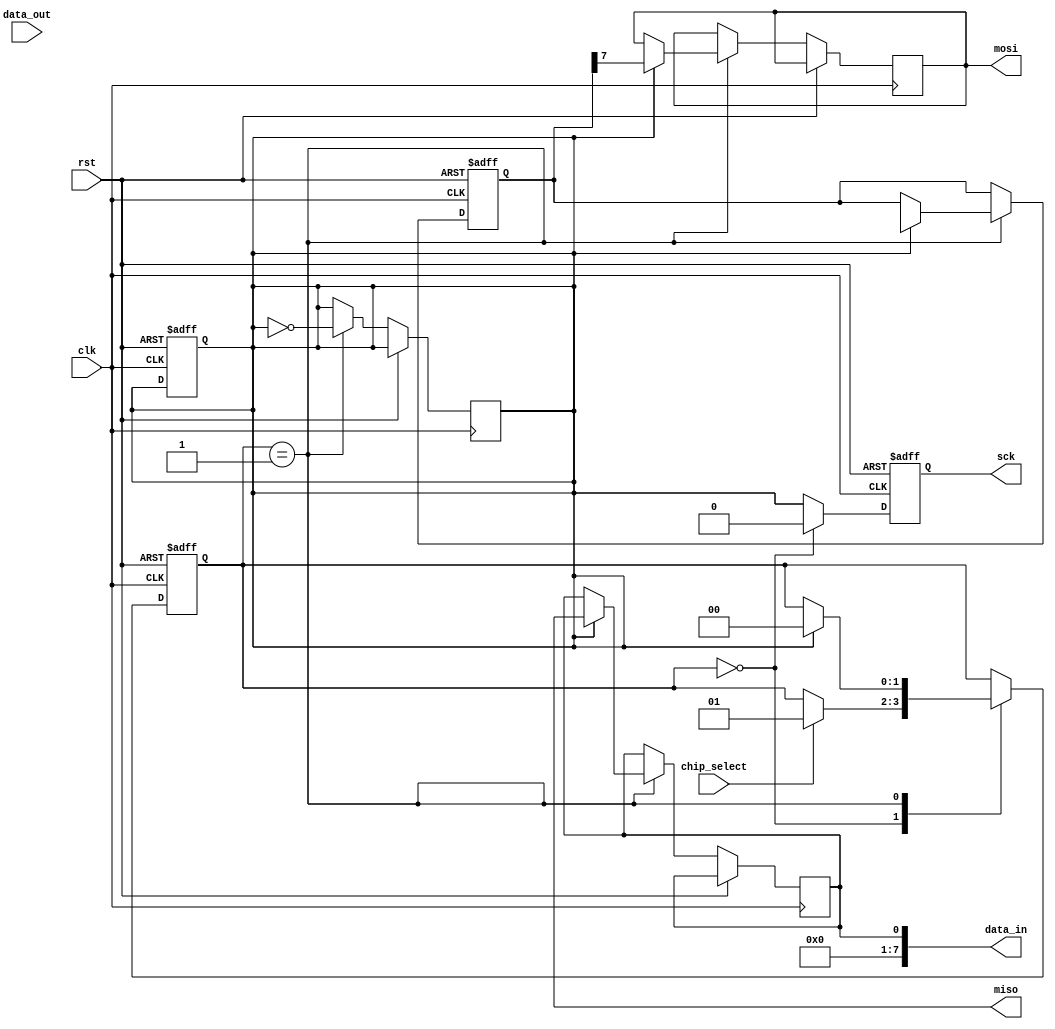
module spi_master (
    input wire clk,
    input wire rst,
    input wire chip_select,
    input wire [7:0] data_out,
    output wire [7:0] data_in,
    output wire miso,
    output wire mosi,
    output wire sck
);

// Define states for state machine
parameter IDLE = 2'b00;
parameter SEND = 2'b01;

// Define data width parameter
parameter DATA_WIDTH = 8;

// Define clock frequency parameter
parameter CLOCK_FREQ = 1000000; // 1 MHz

// Define polarity and phase configurations
parameter CPOL = 0;
parameter CPHA = 0;

reg [7:0] data_reg;
reg [DATA_WIDTH-1:0] shift_reg;
reg [1:0] state;
reg sck_reg;
reg miso_reg;

// State machine
always @ (posedge clk or posedge rst)
begin
    if (rst) begin
        state <= IDLE;
        shift_reg <= {DATA_WIDTH{1'b0}};
    end else begin
        case (state)
            IDLE: begin
                if (chip_select) begin
                    state <= SEND;
                end
            end
            SEND: begin
                sck_reg <= ~sck_reg;
                if (sck_reg) begin
                    mosi <= shift_reg[DATA_WIDTH-1]; // Output MSB of shift register
                    shift_reg <= {shift_reg[DATA_WIDTH-2:0], data_reg}; // Shift in new data
                    if (CPHA == 0) begin
                        miso_reg <= miso;
                    end
                    state <= IDLE;
                end
            end
        endcase
    end
end

// Generate clock signal based on clock frequency parameter
always @ (posedge clk or posedge rst)
begin
    if (rst) begin
        sck <= 1'b0;
        sck_reg <= 1'b0;
    end else begin
        if (state == IDLE) begin
            sck <= 1'b0;
        end else begin
            sck <= sck_reg;
        end
    end
end

assign data_in = miso_reg;
assign data_in = miso_reg;

endmodule